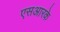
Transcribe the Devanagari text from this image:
एसआरके